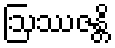
ဩဿဇန္တိ